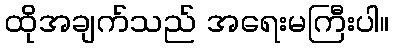
ထိုအချက်သည် အရေးမကြီးပါ။